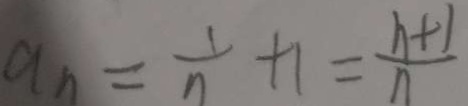
a _ { n } = \frac { 1 } { n } + 1 = \frac { n + 1 } { n }